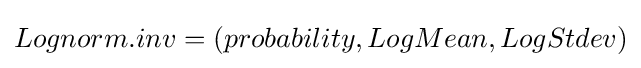
Lognorm.inv=(probability,LogMean,LogStdev)